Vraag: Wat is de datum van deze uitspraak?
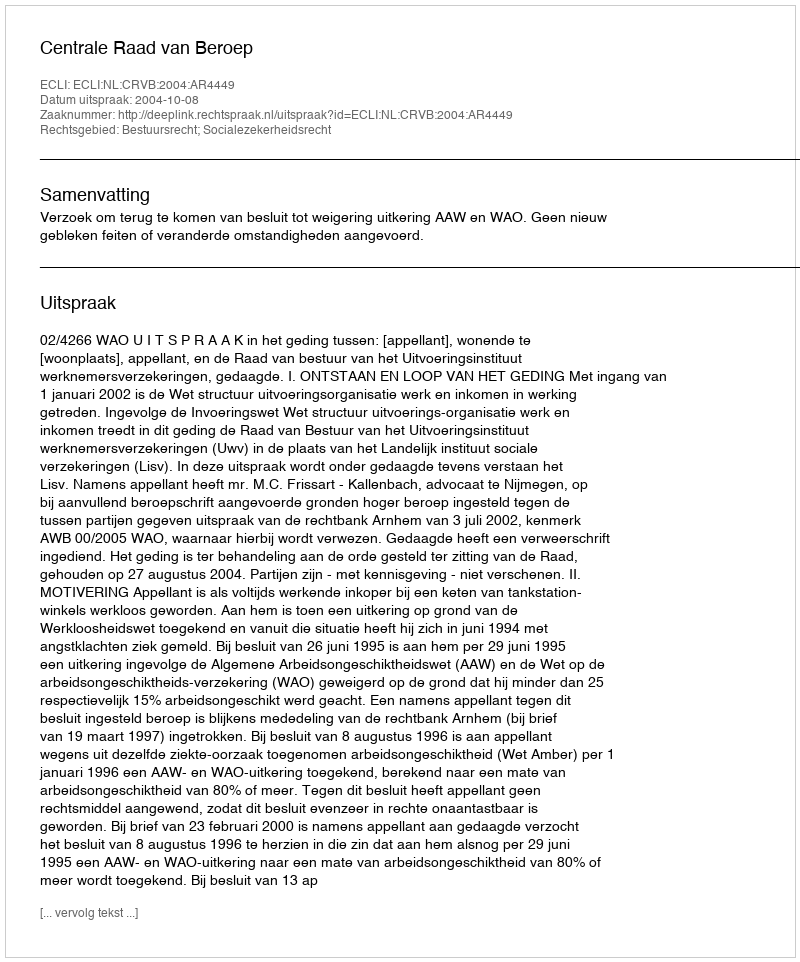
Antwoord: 2004-10-08